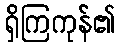
ရှိကြကုန်၏